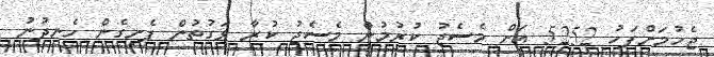
ޖެހުމަށްފަހު 5252 އަށް މެސެޖު ކުރުމުން މެސެޖު ކުރާ ވަގުތުން ފެށިގެން ހެނދުނު